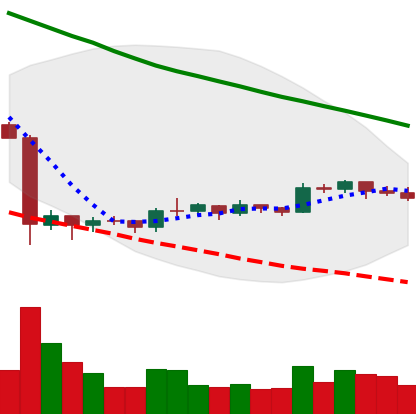
Ticker: EOS-USD
Chart end date: 2019-10-12
Forward return: -3.91%
Label: down_3_5